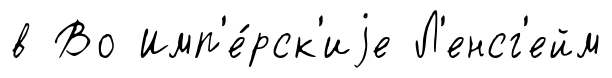
в Во Имп'е́рск'иjе Л'енсг'ейм